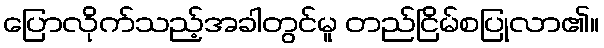
ပြောလိုက်သည့်အခါတွင်မူ တည်ငြိမ်စပြုလာ၏။